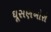
ઘૂસણખોરો